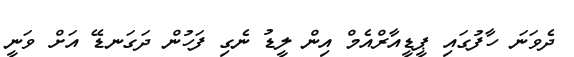
ދެވަނަ ހާފުގައި ޕީޑީއާރްއެމް އިން ލީޑު ނެގި ފަހުން ދަގަނޑޭ އަށް ވަނީ